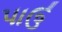
પાઉ